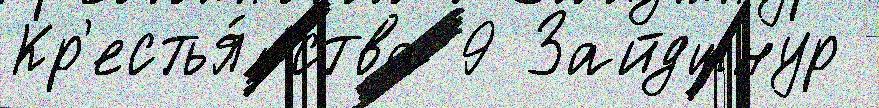
Кр'естья́нства 9 Зайдшнур